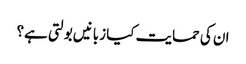
ان کی حمایت کیا زبانیں بولتی ہے؟